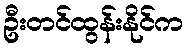
ဦးတင်ထွန်းနိုင်က